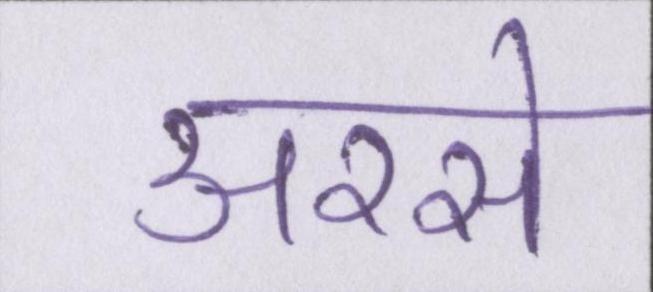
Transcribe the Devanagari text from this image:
अरसे